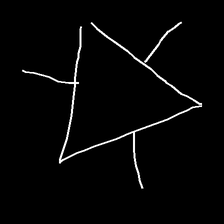
Glyph: fire